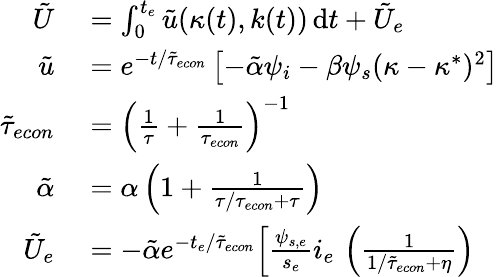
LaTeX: \begin{array}{rl}{\tilde{U}}&{{}=\int_{0}^{t_{e}}\tilde{u}(\kappa(t),k(t))\, \mathrm{d}t+\tilde{U}_{e}}\\ {\tilde{u}}&{{}=e^{-t/\tilde{\tau}_{econ}}\left[-\tilde{\alpha}\psi_{i}-\beta\psi_{s}(\kappa-\kappa^{*})^{2}\right]}\\ {\tilde{\tau}_{econ}}&{{}=\left(\frac{1}{\tau}+\frac{1}{\tau_{econ}}\right)^{-1}}\\ {\tilde{\alpha}}&{{}=\alpha\left(1+\frac{1}{\tau/{\tau_{econ}}+\tau}\right)}\\ {\tilde{U}_{e}}&{{}=-\tilde{\alpha}e^{-t_{e}/\tilde{\tau}_{econ}}\Big[\frac{\psi_{s,e}}{s_{e}}i_{e}\, \left(\frac{1}{1/\tilde{\tau}_{econ}+\eta}\right)}\end{array}